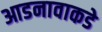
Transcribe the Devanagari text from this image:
आडनावाकडे